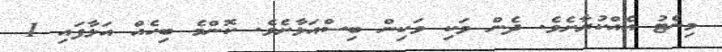
މިނެޓު އެއްކުރާށެވެ. ދެން ވަކި ވަކިން ބިސްއަޅާށެވެ. ކޮންމެ ބިހެއް އަޅާފައި 1